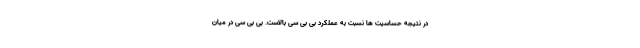
در نتیجه حساسیت ها نسبت به عملکرد بی بی سی بالاست. بی بی سی در میان